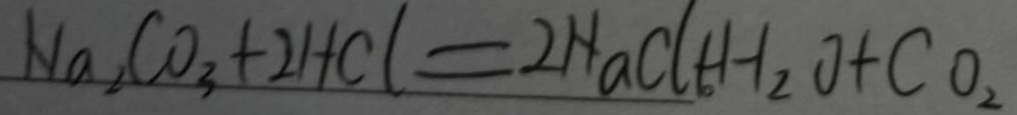
N a _ { 2 } C O _ { 3 } + 2 H C l = 2 H a C l + H _ { 2 } O + C O _ { 2 }